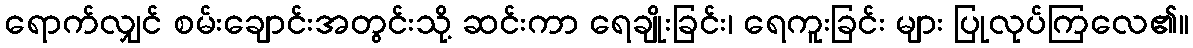
ရောက်လျှင် စမ်းချောင်းအတွင်းသို့ ဆင်းကာ ရေချိုးခြင်း၊ ရေကူးခြင်း များ ပြုလုပ်ကြလေ၏။